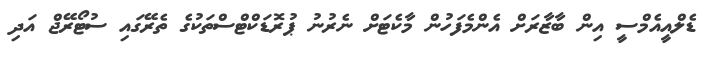
ޑެލްއީއެމްސީ އިން ބާޒާރަށް އެންމެފަހުން މާކެޓަށް ނެރުނު ޕުރޮޑަކްޓްސްތަކުގެ ތެރޭގައި ސުޓޯރޭޖް އަދި